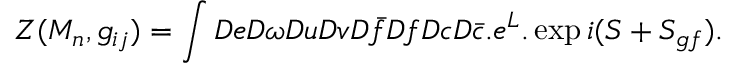
Z ( M _ { n } , g _ { i j } ) = \int D e D \omega D u D v D \bar { f } D f D c D \bar { c } . e ^ { L } . \exp i ( S + S _ { g f } ) .